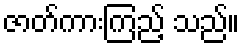
ဇာတ်ကားကြည့် သည်။